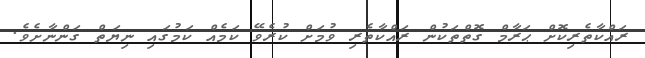
ރައްކާތެރިކޮށް ޙަރާމް ގޮތްތަކުން ރައްކާތެރި ވުމަށް ކުރެވޭ ކަމެއް ކަމުގައި ނިޔަތް ގަންނާށެވެ.